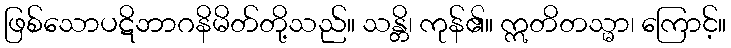
ဖြစ်သောပဋိဘာဂနိမိတ်တို့သည်။ သန္တိ၊ ကုန်၏။ ဣတိတသ္မာ၊ ကြောင့်။